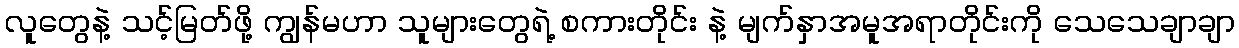
လူတွေနဲ့ သင့်မြတ်ဖို့ ကျွန်မဟာ သူများတွေရဲ့ စကားတိုင်း နဲ့ မျက်နှာအမူအရာတိုင်းကို သေသေချာချာ